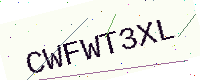
Text: CWFWT3XL